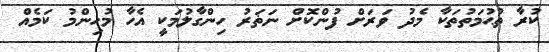
ކުރާ ތުޙުމަތުތަކާ މެދު ވަރަށް ފުންކޮށް ނަޡަރު ހިންގާލުމަކީ އެހާ މުހިންމު ކަމެއް